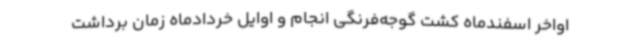
اواخر اسفندماه کشت گوجه‌فرنگی انجام و اوایل خردادماه زمان برداشت